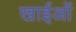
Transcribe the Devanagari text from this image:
खाईओं